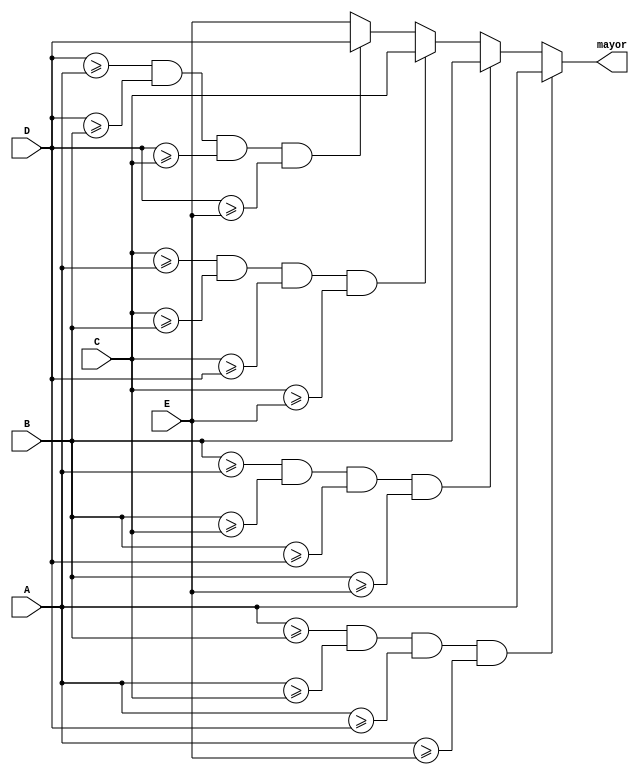
`timescale 1ns / 1ps
//////////////////////////////////////////////////////////////////////////////////
// Company: 
// Engineer: 
// 
// Design Name: 
// Module Name:    Comparador 
// Project Name: 
// Target Devices: 
// Tool versions: 
// Description: 
//
// Dependencies: 
//
// Revision: 
// Revision 0.01 - File Created
// Additional Comments: 
//
//////////////////////////////////////////////////////////////////////////////////
module Comparador(
    input [7:0] A,
    input [7:0] B,
    input [7:0] C,
    input [7:0] D,
    input [7:0] E,
	 output reg [7:0] mayor
    );

/*

		A = 8'h87;
		B = 8'h84;
		C = 8'h87;
		D = 8'h84;
		E = 8'h84;
*/
	always@(*)
	begin
		if((A>=B) & (A>=C) & (A>=D) & (A>=E))
			mayor = A;
		else if((B>=A) & (B>=C) & (B>=D) & (B>=E))
			mayor = B;
		else if((C>=A) & (C>=B) & (C>=D) & (C>=E))
			mayor = C;
		else if((D>=A) & (D>=B) & (D>=C) & (D>=E))
			mayor = D;
		else 
			mayor = E;
	end



endmodule